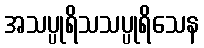
အသပ္ပုရိသသပ္ပုရိသေန